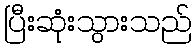
ပြီးဆုံးသွားသည်